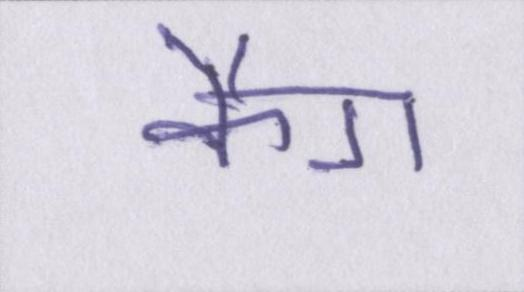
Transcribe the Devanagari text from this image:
कैग